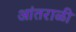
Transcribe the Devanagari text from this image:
आंतराळी